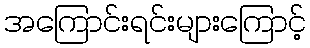
အကြောင်းရင်းများကြောင့်